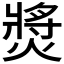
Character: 𤍵